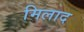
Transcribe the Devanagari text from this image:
मिलाद